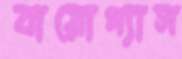
বায়োগ্যাস